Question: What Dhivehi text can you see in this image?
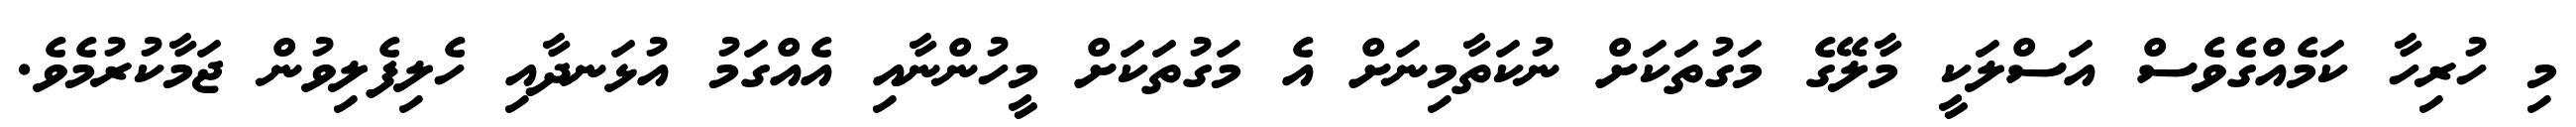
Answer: މި ހުރިހާ ކަމެއްގެވެސް އަސްލަކީ މާލޭގެ މަގުތަކަށް ނުކަތާމިނަށް އެ މަގުތަކަށް މީހުންނާއި އެއްގަމު އުޅަނދާއި ހެލިފެލިވުން ޖަމާކުރުމެވެ.